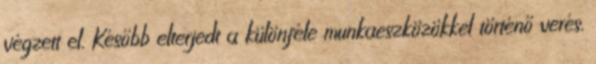
végzett el. Később elterjedt a különféle munkaeszközökkel történő verés.